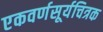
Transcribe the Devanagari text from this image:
एकवर्णसूर्यचित्रक